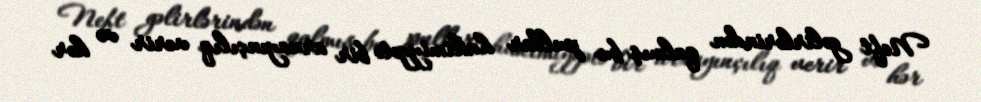
Neft gəlirlərindən qalmış bu pullar hakimiyyətə bir arxayınçılıq verir və hər